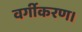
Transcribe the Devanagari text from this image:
वर्गीकरण।